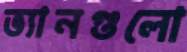
ভ্যানগুলো